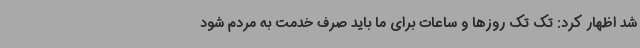
شد اظهار کرد: تک تک روزها و ساعات برای ما باید صرف خدمت به مردم شود